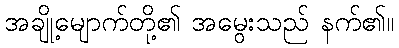
အချို့မျောက်တို့၏ အမွေးသည် နက်၏။